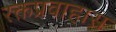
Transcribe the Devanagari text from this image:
रक्तप्रवाहास